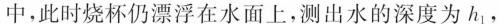
中，此时烧杯仍漂浮在水面上，测出水的深度为h_{1}，